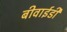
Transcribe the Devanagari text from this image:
बीवाईडी